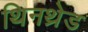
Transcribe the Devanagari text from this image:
थिनथ्रेड